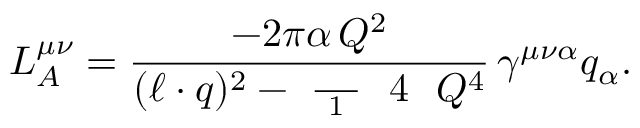
L _ { A } ^ { \mu \nu } = \frac { - 2 \pi \alpha \, Q ^ { 2 } } { ( \ell \cdot q ) ^ { 2 } - \mathrm { ~ \frac ~ { ~ 1 ~ } ~ { ~ 4 ~ } ~ } Q ^ { 4 } } \, \gamma ^ { \mu \nu \alpha } q _ { \alpha } .